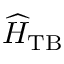
\widehat { H } _ { \mathrm { T B } }